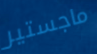
ماجستير